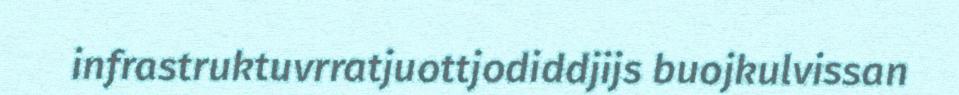
infrastruktuvrratjuottjodiddjijs buojkulvissan